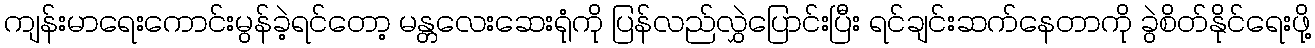
ကျန်းမာရေးကောင်းမွန်ခဲ့ရင်တော့ မန္တလေးဆေးရုံကို ပြန်လည်လွှဲပြောင်းပြီး ရင်ချင်းဆက်နေတာကို ခွဲစိတ်နိုင်ရေးဖို့